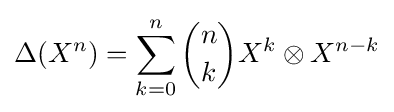
\Delta (X^{n})=\sum _{k=0}^{n}{\dbinom {n}{k}}X^{k}\otimes X^{n-k}